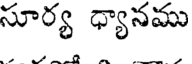
సూర్య ధ్యానము